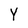
Character: Y